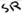
Text: SR